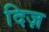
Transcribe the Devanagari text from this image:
दिज़